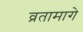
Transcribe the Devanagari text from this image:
व्रतामागे